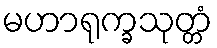
မဟာရုက္ခသုတ္တံ